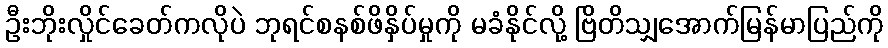
ဦးဘိုးလှိုင်ခေတ်ကလိုပဲ ဘုရင်စနစ်ဖိနှိပ်မှုကို မခံနိုင်လို့ ဗြိတိသျှအောက်မြန်မာပြည်ကို